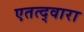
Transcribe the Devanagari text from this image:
एतत्द्वारा